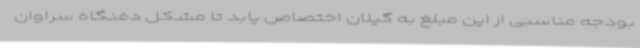
بودجه مناسبی از این مبلغ به گیلان اختصاص یابد تا مشکل دفنگاه سراوان